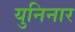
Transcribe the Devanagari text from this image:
युनिनार